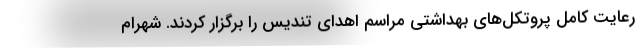
رعایت کامل پروتکل‌های بهداشتی مراسم اهدای تندیس را برگزار کردند. شهرام